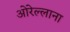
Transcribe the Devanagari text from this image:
ओरेल्लाना